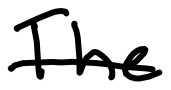
Text: The
Cross-out: mix
Writing tool: digital_black